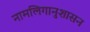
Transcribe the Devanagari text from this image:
नामलिगानुशासन